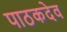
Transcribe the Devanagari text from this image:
पाठकदेव